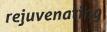
rejuvenating